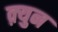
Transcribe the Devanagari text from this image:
क़्युन